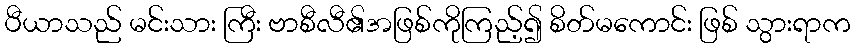
ပီယာသည် မင်းသား ကြီး ဗာစီလီ၏အဖြစ်ကိုကြည့်၍ စိတ်မကောင်း ဖြစ် သွားရာက